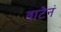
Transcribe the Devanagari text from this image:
वाटेनं